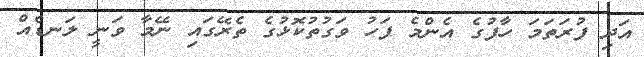
އަދި ފުރަތަމަ ހާފުގެ އެންމެ ފަހު ވަގުތުކޮޅުގެ ތެރޭގައި ނޭމާ ވަނީ ލަނޑެއް